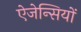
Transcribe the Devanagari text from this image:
ऐजेन्सियों